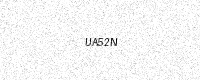
Text: UA52N